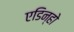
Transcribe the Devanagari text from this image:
एडिन्हो